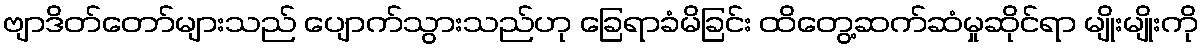
ဗျာဒိတ်တော်များသည် ပျောက်သွားသည်ဟု ခြေရာခံမိခြင်း ထိတွေ့ဆက်ဆံမှုဆိုင်ရာ မျိုးမျိုးကို